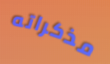
مذكراته